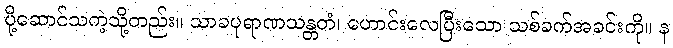
ပို့ဆောင်သကဲ့သို့တည်း။ သာခပုရာဏသန္တတံ၊ ဟောင်းလေပြီးသော သစ်ခက်အခင်းကို။ န